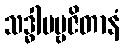
သဒ္ဓါပဗ္ဗဇိတာနံ